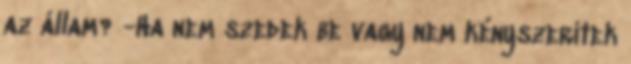
az állam? -Ha nem szedek be vagy nem kényszerítek